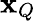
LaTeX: \mathbf{x}_{Q}